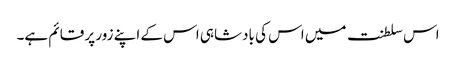
اس سلطنت میں اس کی بادشاہی اس کے اپنے زور پر قائم ہے۔